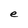
Character: e